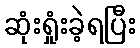
ဆုံးရှုံးခဲ့ရပြီး